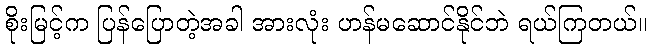
စိုးမြင့်က ပြန်ပြောတဲ့အခါ အားလုံး ဟန်မဆောင်နိုင်ဘဲ ရယ်ကြတယ်။